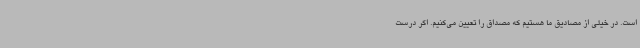
است. در خیلی از مصادیق ما هستیم که مصداق را تعیین می‌کنیم. اگر درست